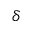
\delta